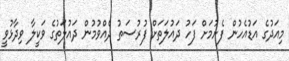
މިއަދުގެ އަޑުއެހުން ފެށުމަށް ފަހު ދައުލަތަށް ފުރުސަތު ދެއްވުމުން ދައުލަތުގެ ވަކީލާ ވިދާޅުވީ